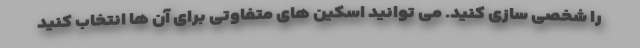
را شخصی سازی کنید. می توانید اسکین های متفاوتی برای آن ها انتخاب کنید